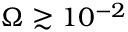
\Omega \gtrsim 1 0 ^ { - 2 }